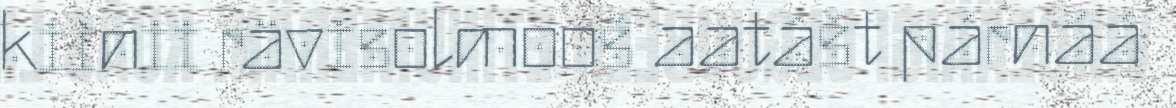
kiinii rävisolmooš aatâšt párnáá